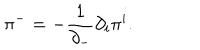
{ \pi } ^ { - } = - \frac { 1 } { { \partial } _ { - } } { \partial } _ { i } { \pi } ^ { i } .